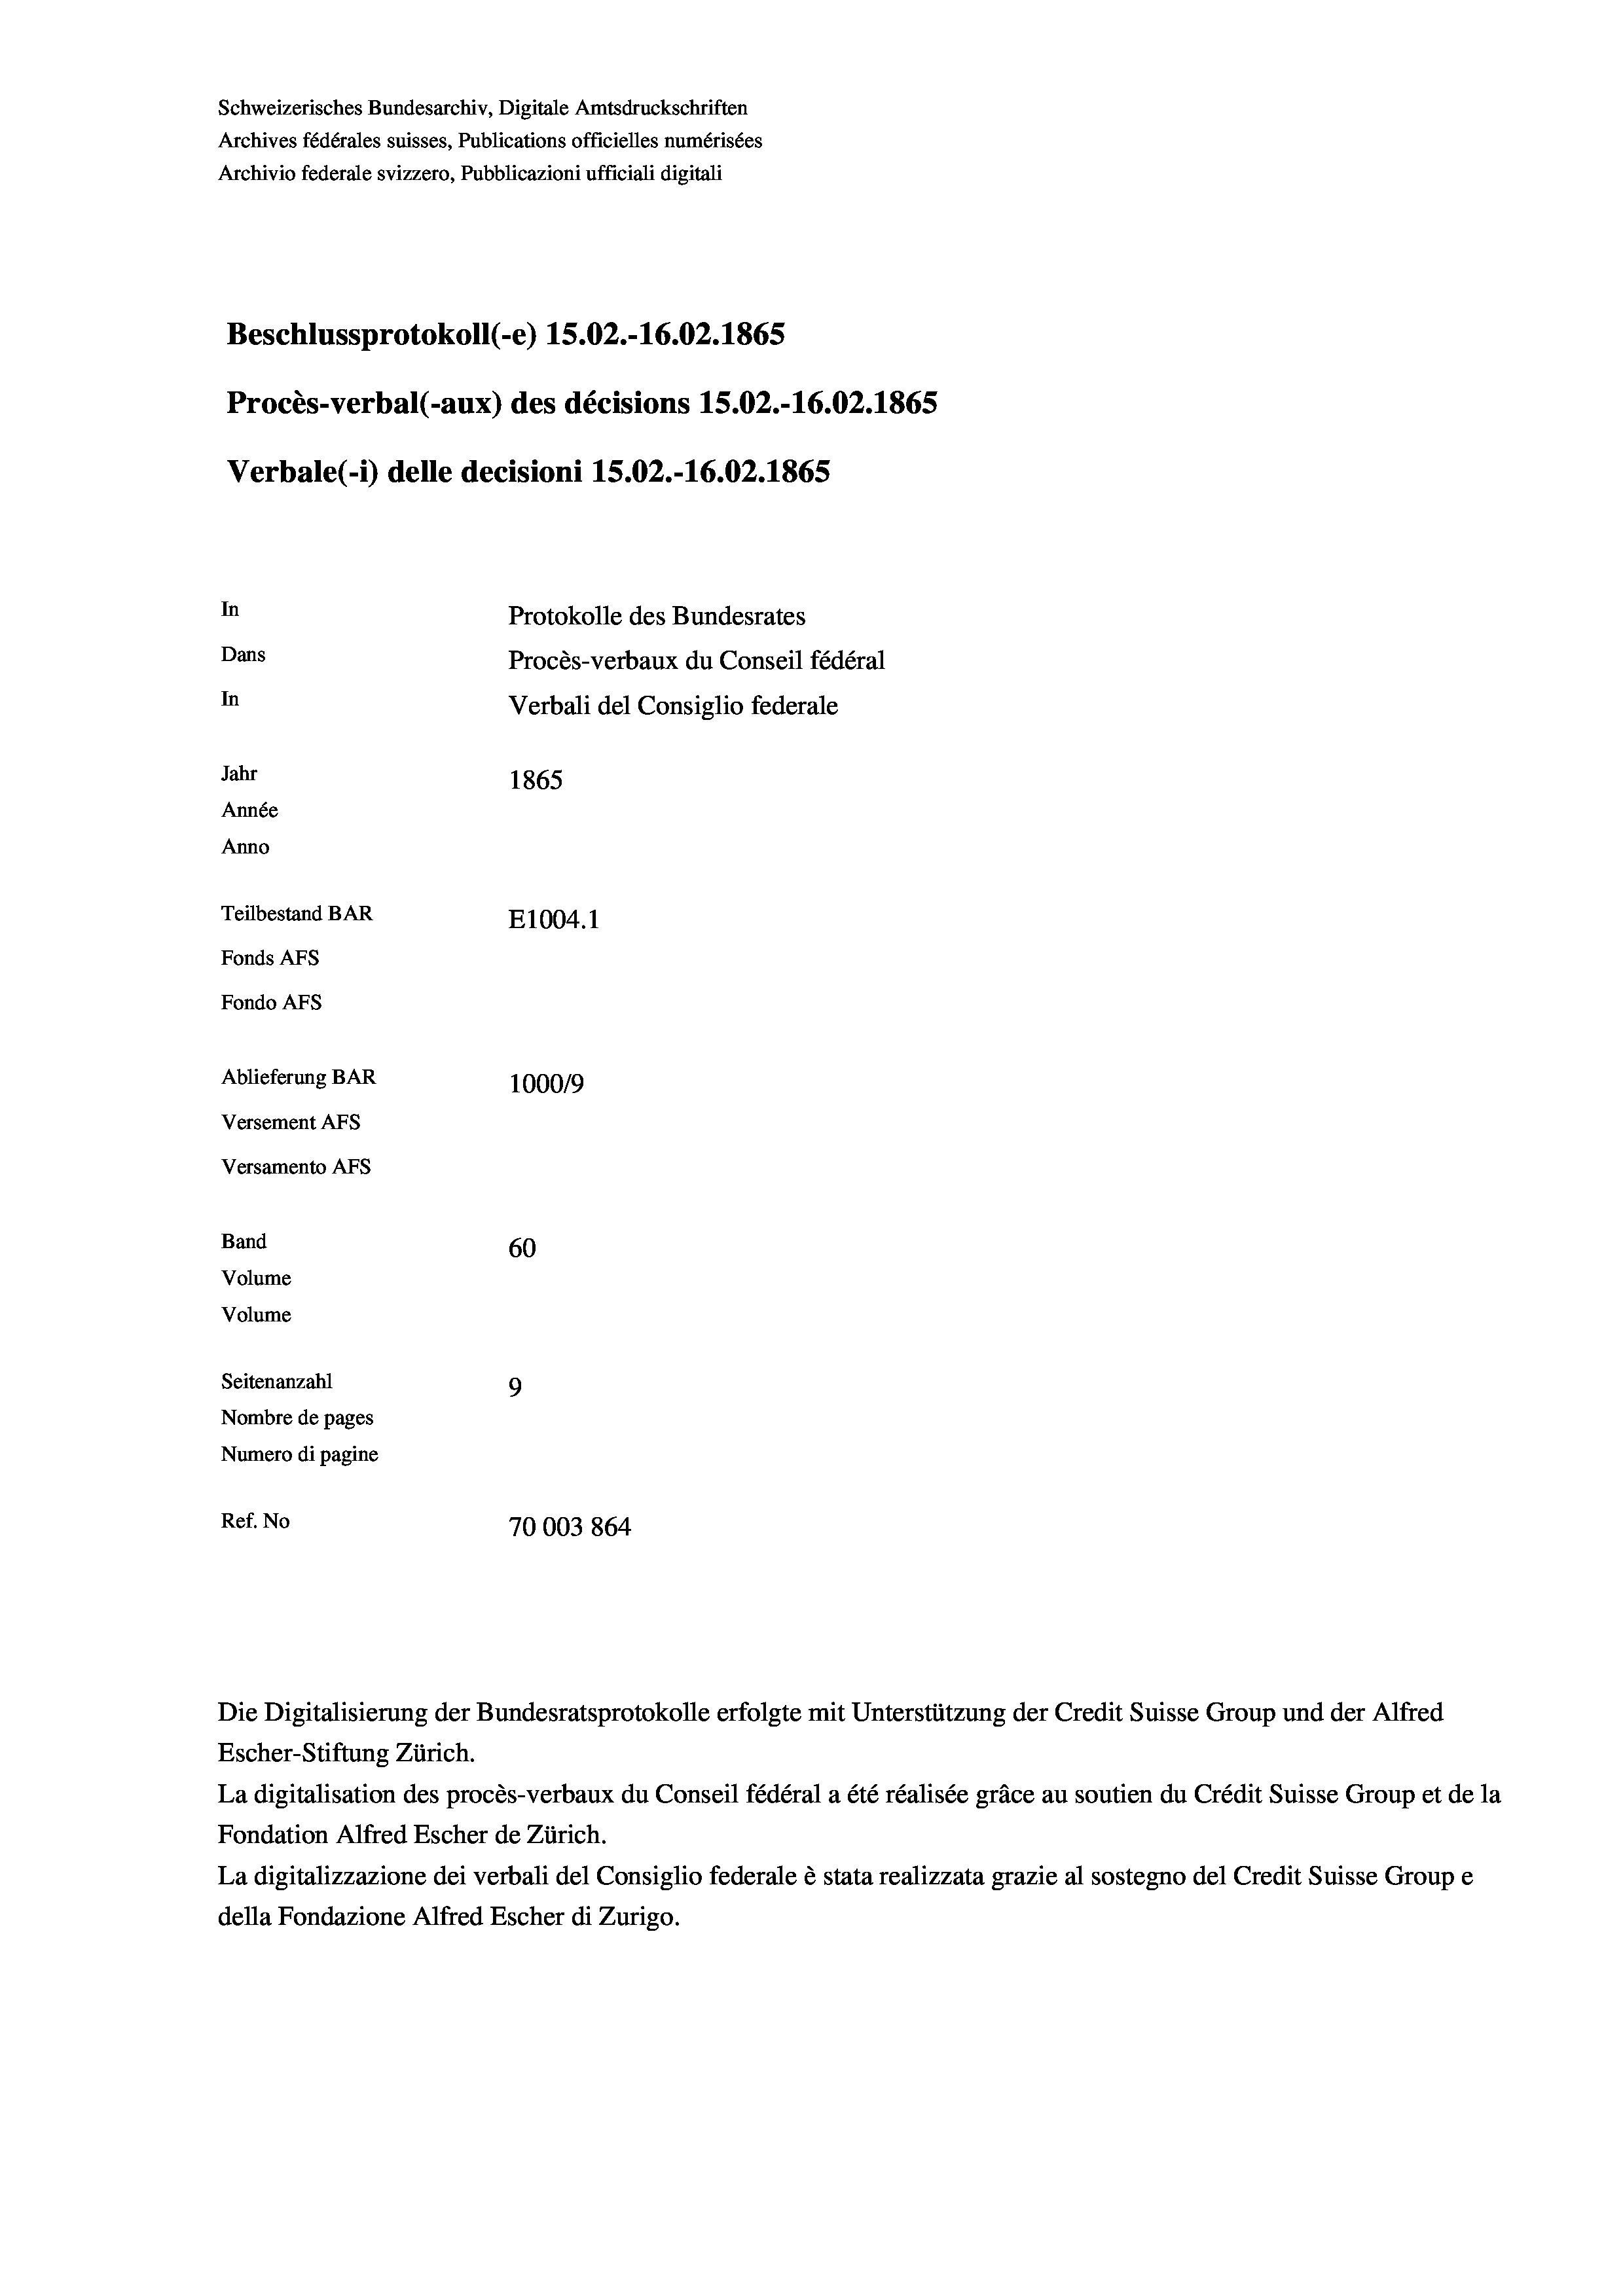
Schweizerisches Bundesarchiv, Digitale Amtsdruckschriften
Archives fédérales suisses, Publications officielles numérisées
Archivio federale svizzero, Pubblicazioni ufficiali digitali
Beschlussprotokoll (-e) 15.02.-16.02. 1865
Procès-verbal (-aux) des décisions 15.02.-16.02. 1865
Verbale (- 1) delle decisioni 15.02.-16.02. 1865
In
Protokolle des Bundesrates
Dans
Procès-verbaux du Conseil fédéral
In
Verbali del Consiglio federale
Jahr
1865
Année
Anno
Teilbestand BAR
E1004.1
Fonds Afs
Fondo AFS
Ablieferung BAR
100019
Versement AFs
Versamento AFs
Band
60
Volume
Volume
Seitenanzahl
9
Nombre de pages
Numero di pagine
Ref. No
70003864

La digitalisation des procès-verbaux du Conseil fédéral a été réalisée gräce au soutien du Crédit Suisse Group et de la
Fondation Alfred Escher de Zürich.
La digitalizzazione dei verbali del Consiglio federale è stata realizzata grazie al sostegno del Credit Suisse Groupe
della Fondazione Alfred Escher di Zurigo.

Die Digitalisierung der Bundesratsprotokolle erfolgte mit Unterstützung der Credit Suisse Group und der Alfred
Escher-Stiftung Zürich.